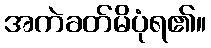
အကဲခတ်မိပုံရ၏။